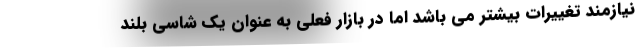
نیازمند تغییرات بیشتر می باشد اما در بازار فعلی به عنوان یک شاسی بلند